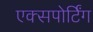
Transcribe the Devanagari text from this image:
एक्सपोर्टिंग